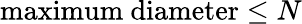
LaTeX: \mathrm{maximum~diameter}\leq N